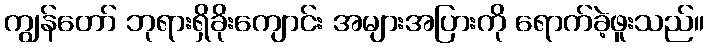
ကျွန်တော် ဘုရားရှိခိုးကျောင်း အများအပြားကို ရောက်ခဲ့ဖူးသည်။